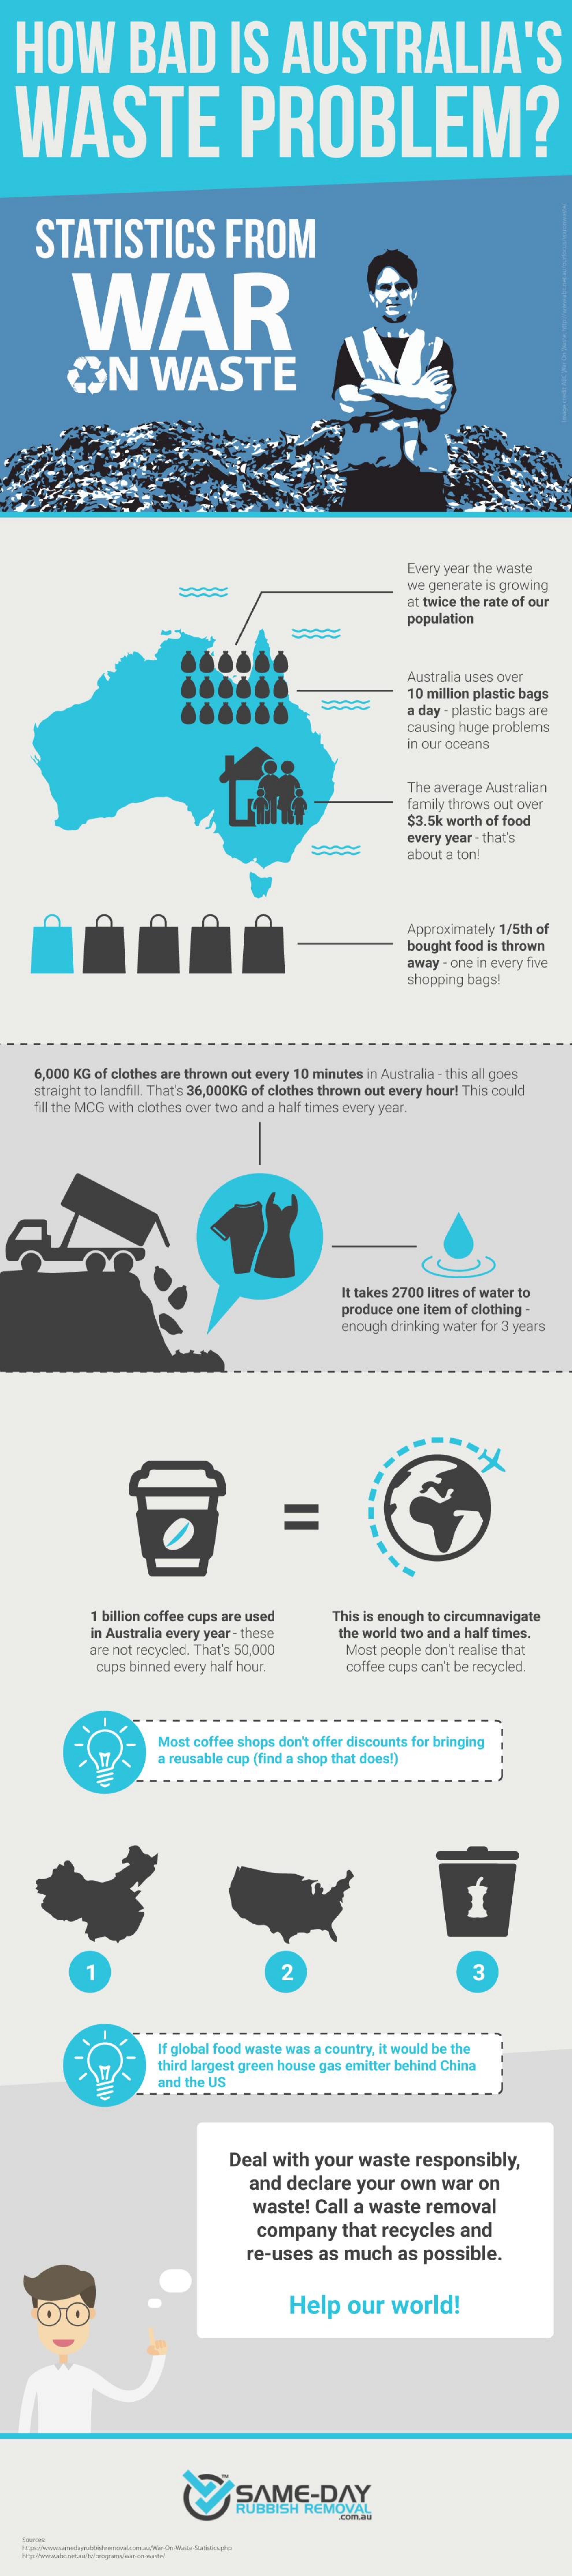
HOW    BAD    IS    AUSTRALIA'S
   WASTE    PROBLEM?
     STATISTICS    FROM
     WAR
     ON    WASTE
     Every year the waste
     we generate is growing
     at twice the rate of our
     population
     Australia uses over
     10 million plastic bags
     a day - plastic bags are
     causing huge problems
     in our oceans
     The average Australian
     family throws out over
     $3.5k worth of food
     every year - that's
     about a ton!
     Approximately 1/5th of
     bought food is thrown
     away - one in every five
     shopping bags!
     6,000 KG of clothes are thrown out every 10 minutes in Australia - this all goes
     straight to landfill. That's 36,000KG of clothes thrown out every hour! This could
     fill the MCG with clothes over two and a half times every year.
     It takes 2700 litres of water to
     produce one item of clothing -
     enough drinking water for 3 years
     1 billion coffee cups are used    This is enough to circumnavigate
     In Australia every year - these    the world two and a half times.
     are not recycled. That's 50,000    Most people don't realise that
     cups binned every half hour.    coffee cups can't be recycled.
     Most  coffee shops don't offer discounts for bringing
     a reusable cup (find a shop that does!)
     1    2    3
     If global food waste was a country, it would be the
     third largest green house gas emitter behind China
     and the US
     Deal with  your   waste   responsibly,
     and  declare  your   own   war  on
     waste!   Call a waste   removal
     company    that recycles   and
     re-uses   as  much   as  possible.
     Help    our   world!
     SAME-DAY
     RUBBISH  REMOVAL